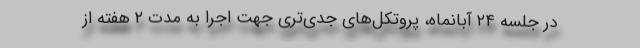
در جلسه ۲۴ آبانماه، پروتکل‌های جدی‌تری جهت اجرا به مدت ۲ هفته از